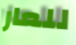
للعار